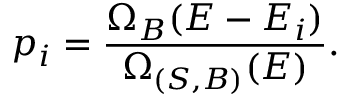
p _ { i } = { \frac { \Omega _ { B } ( E - E _ { i } ) } { \Omega _ { ( S , B ) } ( E ) } } .